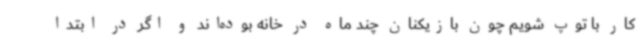
کار با توپ شویم چون بازیکنان چند ماه در خانه بوده‌اند و اگر در ابتدا